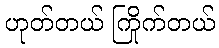
ဟုတ်တယ် ကြိုက်တယ်